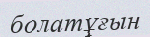
болатұғын